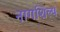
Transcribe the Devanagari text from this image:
नागशिल्प